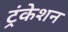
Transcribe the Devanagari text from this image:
ट्रंकेशन